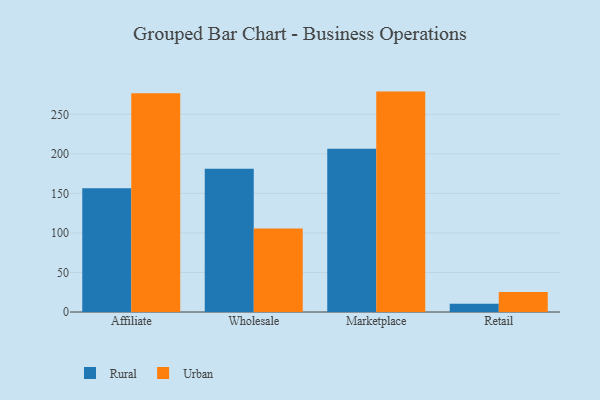
{"axis": {"x": "Channel", "y": "Tickets Resolved"}, "legend": ["Rural", "Urban"], "data": [{"x": "Affiliate", "y": 156.6, "type": "Rural"}, {"x": "Affiliate", "y": 276.6, "type": "Urban"}, {"x": "Wholesale", "y": 181.3, "type": "Rural"}, {"x": "Wholesale", "y": 105.5, "type": "Urban"}, {"x": "Marketplace", "y": 206.5, "type": "Rural"}, {"x": "Marketplace", "y": 278.7, "type": "Urban"}, {"x": "Retail", "y": 10.5, "type": "Rural"}, {"x": "Retail", "y": 25.4, "type": "Urban"}]}